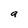
Character: a